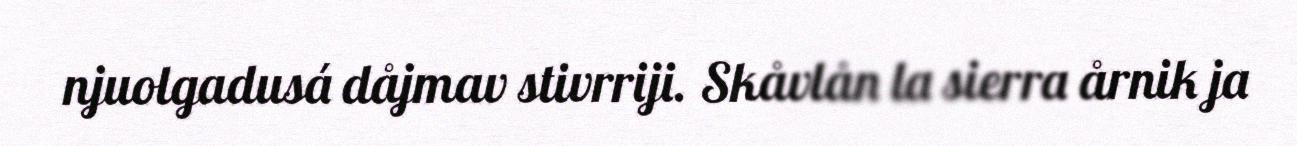
njuolgadusá dåjmav stivrriji. Skåvlån la sierra årnik ja